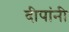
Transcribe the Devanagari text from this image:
दीपांनी